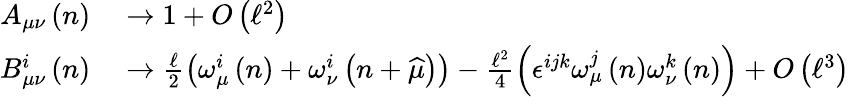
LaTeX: \begin{array}{rl}{A_{\mu\nu}\left(n\right)}&{{}\rightarrow 1+O\left(\mathcal{\ell}^{2}\right)}\\ {B_{\mu\nu}^{i}\left(n\right)}&{{}\rightarrow\frac{\mathcal{\ell}}{2}\left(\omega_{\mu}^{i}\left(n\right)+\omega_{\nu}^{i}\left(n+\widehat{\mu}\right)\right)-\frac{\mathcal{\ell}^{2}}{4}\left(\epsilon^{ijk}\omega_{\mu}^{j}\left(n\right)\omega_{\nu}^{k}\left(n\right)\right)+O\left(\mathcal{\ell}^{3}\right)}\end{array}